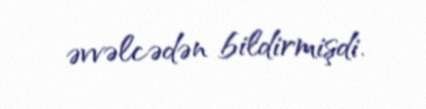
əvvəlcədən bildirmişdi.